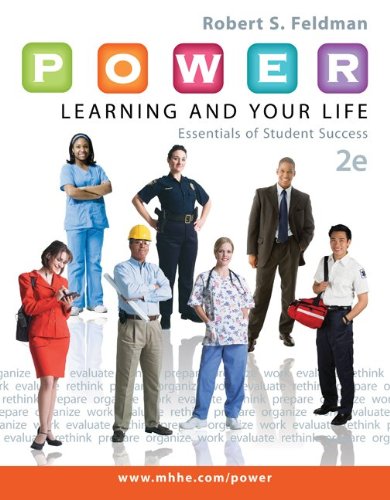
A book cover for P.O.W.E.R. Learning and Your Life: Essentials of Student Success; Robert Feldman; Education & Teaching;